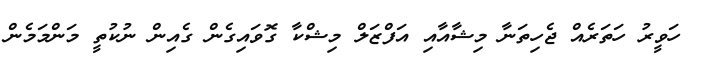
ހަވީރު ހަތަރެއް ޖެހިތަނާ މިޝާއާއި އަފްޒަލް މިޝްކާ ގޮވައިގެން ގެއިން ނުކުތީ މަންމަމެން